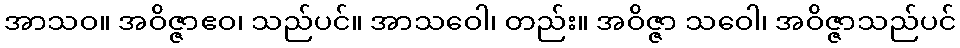
အာသဝ။ အဝိဇ္ဇာဧဝ၊ သည်ပင်။ အာသဝေါ၊ တည်း။ အဝိဇ္ဇာ သဝေါ၊ အဝိဇ္ဇာသည်ပင်